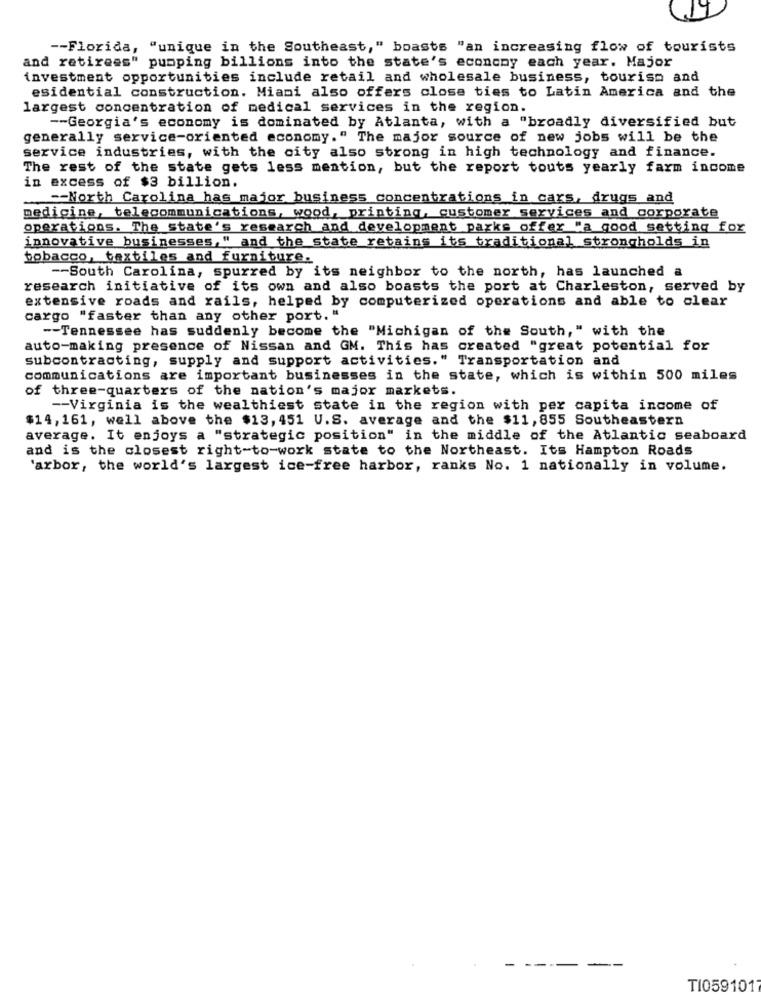
-- Florida, "unique in the Southeast," boasts "an increasing flow of tourists
and retirees" pumping billions into the state's economy each year. Major
investment opportunities include retail and wholesale business, tourism and
esidential construction. Miami also offers close ties to Latin America and the
largest concentration of medical services in the region.
-- Georgia's economy is dominated by Atlanta, with a "broadly diversified but
generally service-oriented economy." The major source of new jobs will be the
service industries, with the city also strong in high technology and finance.
The rest of the state gets less mention, but the report touts yearly farm income
in excess of $3 billion.
== North Carolina has major business concentrations in cars, drugs and
medicine, telecommunications, wood, printing, customer services and corporate
operations. The state's research and development parks offer "a good setting for
innovative businesses," and the state retains its traditional strongholds in
tobacco, textiles and furniture.
-- South Carolina, spurred by its neighbor to the north, has launched a
research initiative of its own and also boasts the port at Charleston, served by
extensive roads and rails, helped by computerized operations and able to clear
cargo "faster than any other port. "
-- Tennessee has suddenly become the "Michigan of the South," with the
auto-making presence of Nissan and GM. This has created "great potential for
subcontracting, supply and support activities." Transportation and
communications are important businesses in the state, which is within 500 miles
of three-quarters of the nation's major markets.
-- Virginia is the wealthiest state in the region with per capita income of
$14,161, well above the $13, 451 U.S. average and the $11,855 Southeastern
average. It enjoys a "strategic position" in the middle of the Atlantic seaboard
and is the closest right-to-work state to the Northeast. Its Hampton Roads
'arbor, the world's largest ice-free harbor, ranks No. 1 nationally in volume.
- ----
--
TI0591017